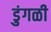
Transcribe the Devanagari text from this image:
डुंगळी